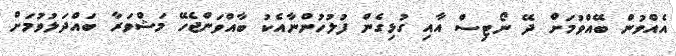
އެއްވުން ބޭއްވުމަށް ދޭ ނޯޓިސް އާއި ގުޅިގެން ފުލުހުންނާއެކު ބާއްވަންޖެހޭ މަޝްވަރާ ބައްދަލުވުމަށް